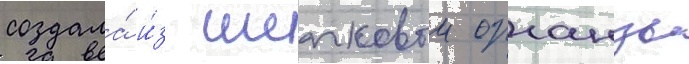
создала́ и́з шелковои органзы